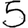
Digit: 5